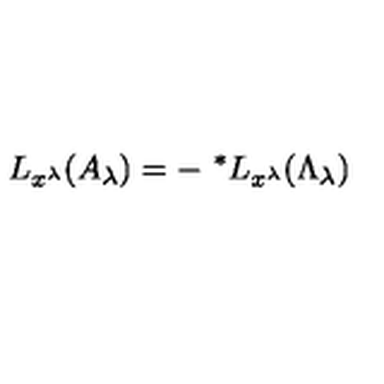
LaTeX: L _ { x ^ { \lambda } } ( A _ { \lambda } ) = - \ ^ { * } L _ { x ^ { \lambda } } ( \Lambda _ { \lambda } )